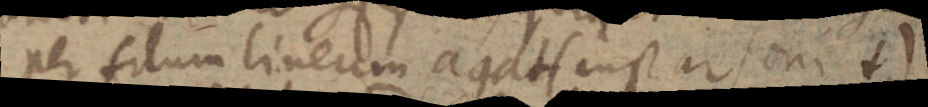
per filum lineum agat (+ instar soni +).